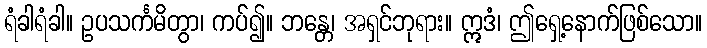
ရံခါရံခါ။ ဥပသင်္ကမိတွာ၊ ကပ်၍။ ဘန္တေ၊ အရှင်ဘုရား။ ဣဒံ၊ ဤရှေ့နောက်ဖြစ်သော။